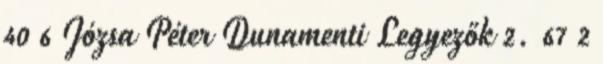
40 6 Józsa Péter Dunamenti Legyezők 2. 67 2